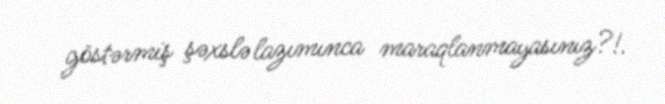
göstərmiş şəxslə lazımınca maraqlanmayasınız?!.